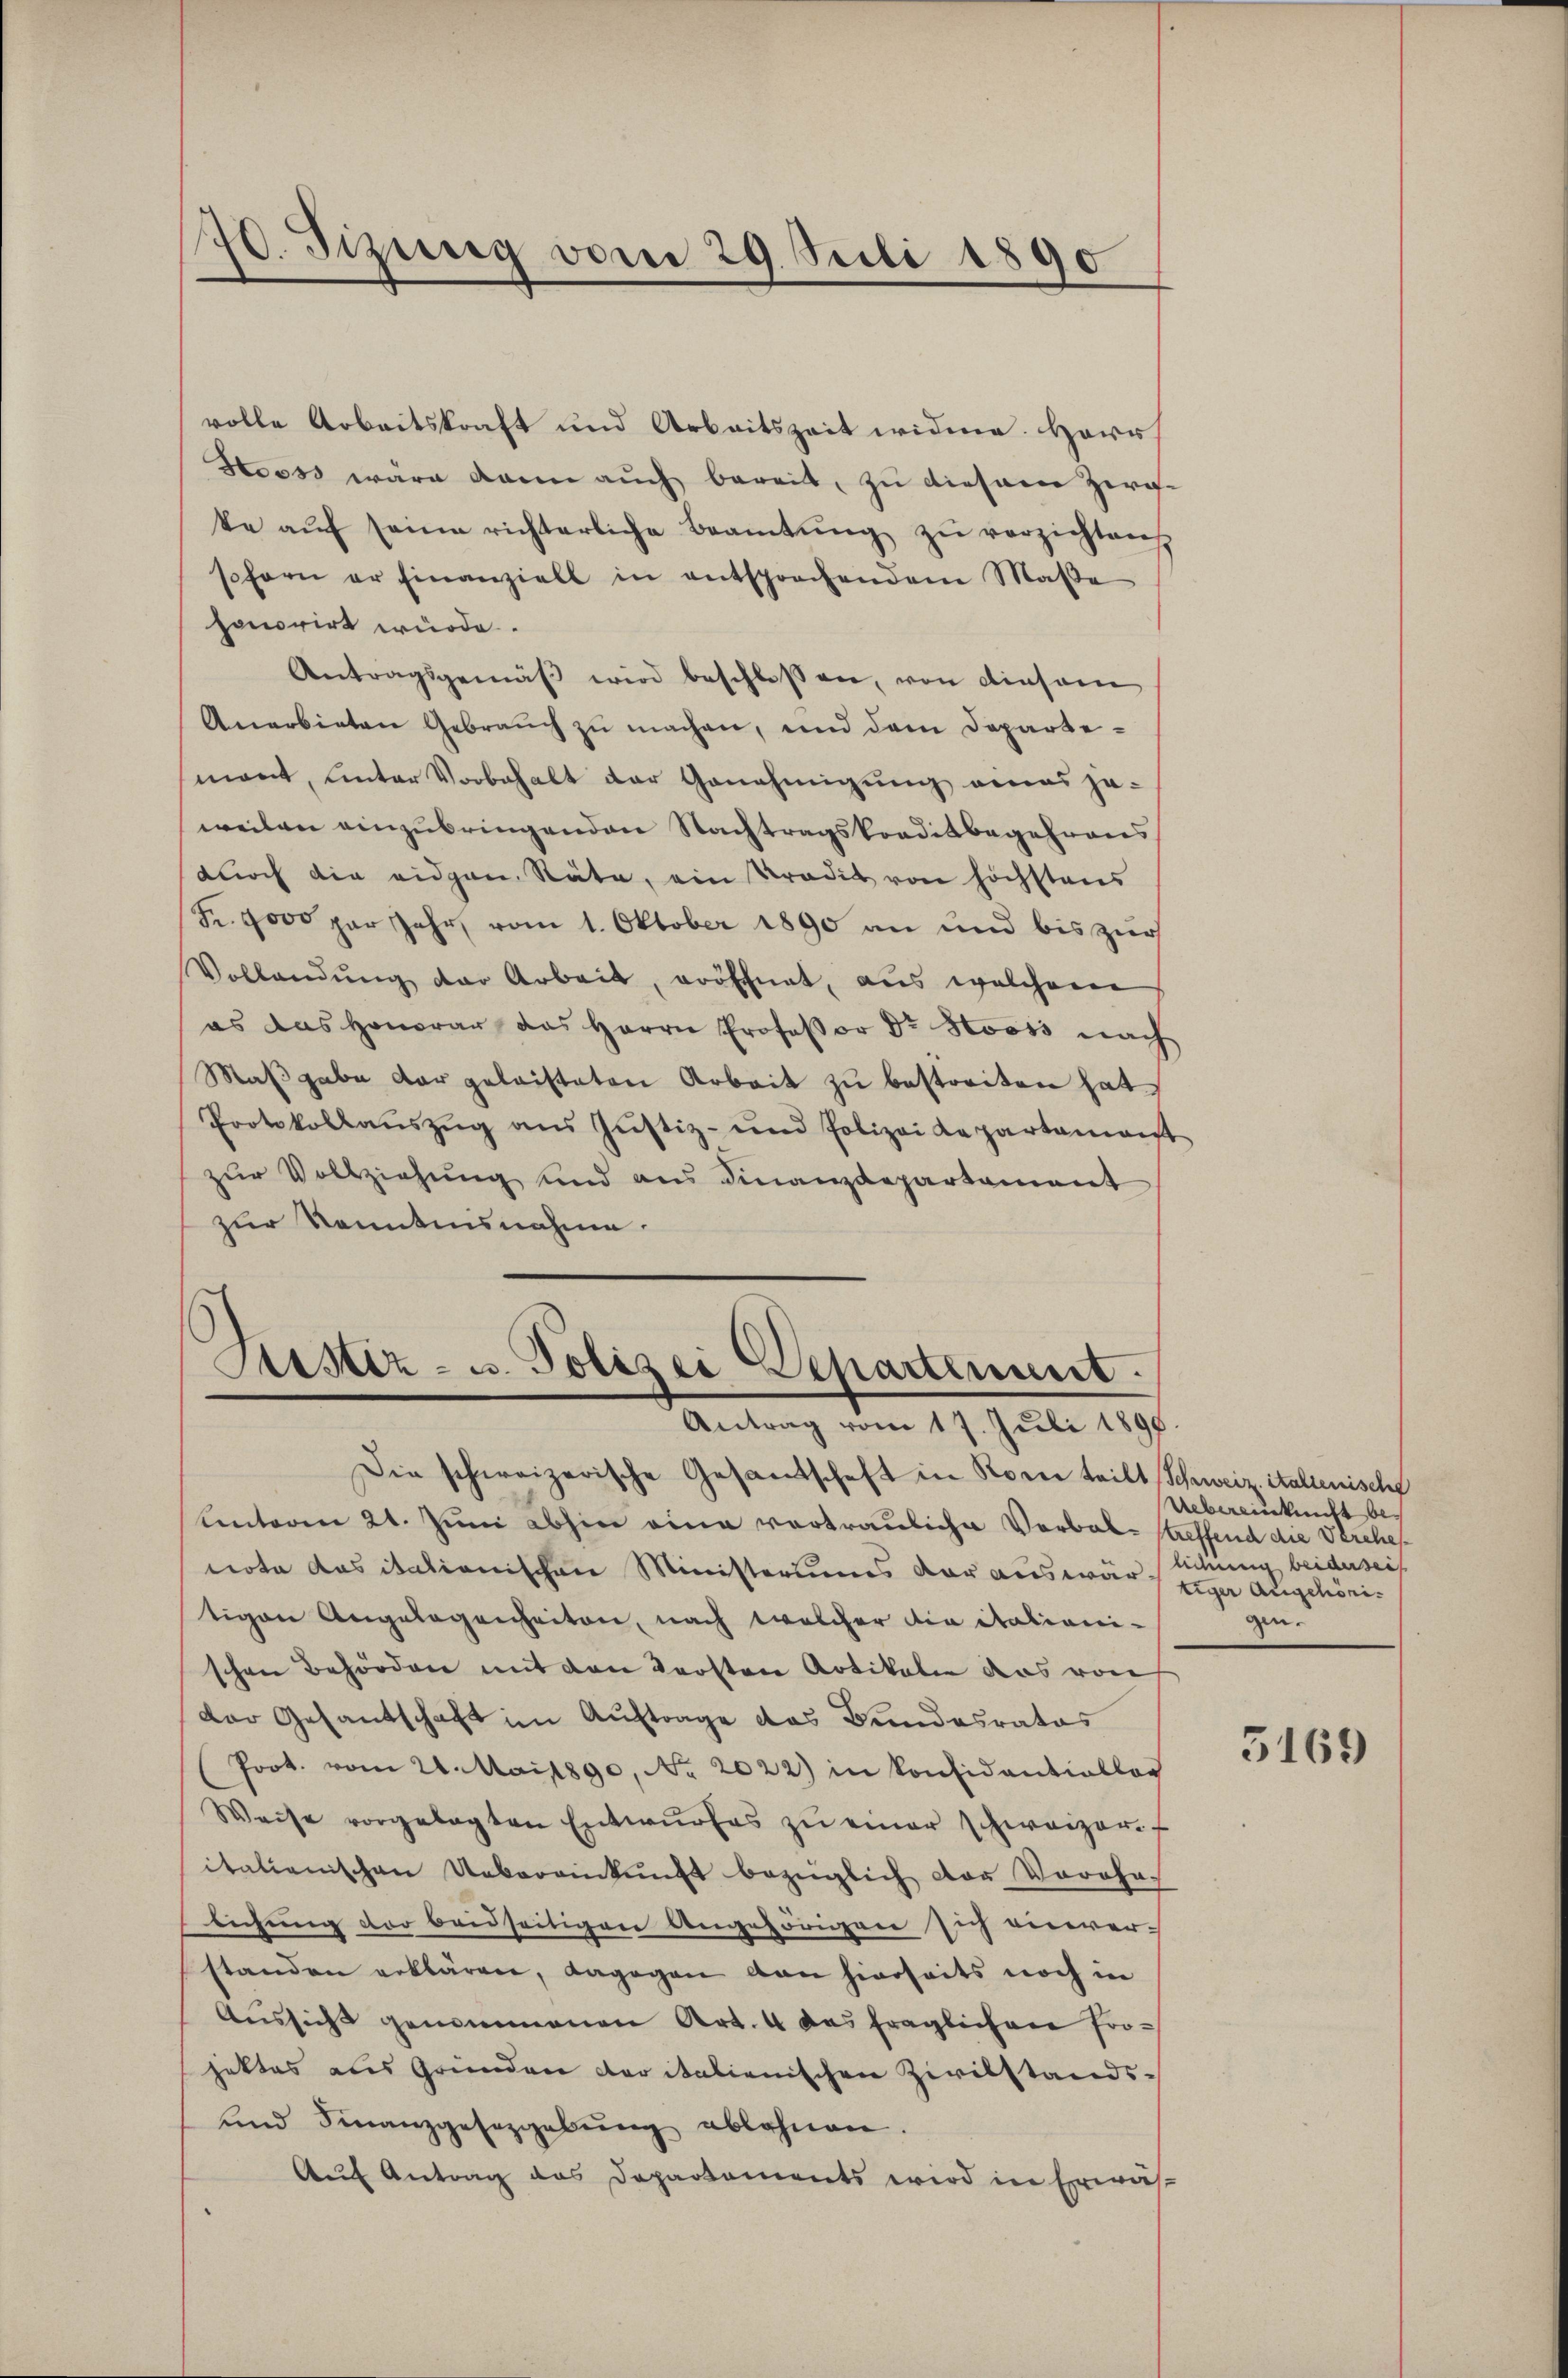
170. Sizung vom 29. Juli 1890

volle Arbeitskraft und Arbeitszeit widme. Herr
Stooss wäre dann auch bereit, zu diesem Zer-
te aŭf seine richterliche Beamtŭng zŭ verzichten
sofern er einanziell in entsprochendem Maβe
honorirt würde.
Antragsgemäβ wird beschloßen, von einsam
Anerbieten Gebrauch zu machen, und dem Departemant, unter Vorbehalt der Genehmigung eines jeweilen einzubringenden Nachtragskonditbegehreres
durch die eidgen. Stäte, ein Tradit von höchstens
Fr. 9000 par Jahr, vom 1. Oktober 1890 an und bis zur
Vollendŭng der Arbeit, eröffnet, aus welcheme
as das Honorar das Herrn Professor Dr Stooss nach
Maßgabe der geleisteten Arbeit zu bestreiten hat
Protokollaŭszŭg ans Justiz- und Polizei Repartament
zur Vollziehung und aus Finanzdepartament
zur Kenntnisnahme.

Justiz- u. Polizei Departement.
Antrag vom 17. Juli 1890.

Die schweizerische Gesandschaft in Korni teilt (Schweiz. italienische
Unterm 21. Juni abhin eine vertraulicher Verbal-treffend die Verehenote das italienischen Ministeriums der auswär
tigen Angelegenheiten, nach welcher die italienischen Behörden mit den dersten Artikalie das von
der Gesantschaft im Auftrage das Bundesrates
Prot. vom 21. Mail890, No. 2022) in konfidentiallog
Weise vorgelegten Entwŭrfes zŭ einer schweizer-
italienischen Uebereinkunft bezüglich der Vorahn-
lichung der beidseitigen Angehörigen sich einver-
standen erklären, dagegen von hierseits noch in
Aussicht genommenen Art. 4 das fraglichen Projektes aus Gründen der italienischen Zivilstands¬
und Finanzgesetzgebung ablehnen
Auf Antrag das Departements wird in Erwäs-

Uebereinkunft belichung beiderseit
tiger Augehörigen.

5169)